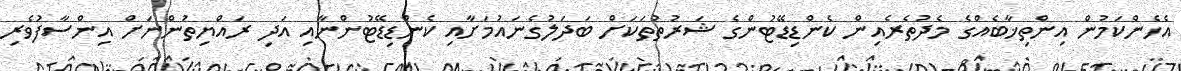
އެހެންކަމުން އިންތިޚާބެއްގެ މެދުތެރެއިން ކެންޑިޑޭޓުންގެ ޝަރުތުތަކަށް ބަދަލުގެނައުމަށާއި ކެންޑިޑޭޓުންނާއި އަދި ރައްޔިތުންނަށް އިންސާފުވެރި